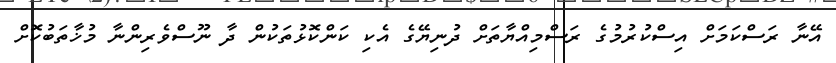
އޭނާ ރަސްކަމަށް އިސްކުރުމުގެ ރަސްމިއްޔާތަށް ދުނިޔޭގެ އެކި ކަންކޮޅުތަކުން ދާ ނޫސްވެރިންނާ މުޚާތަބުކޮށް